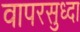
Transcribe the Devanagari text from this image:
वापरसुध्दा